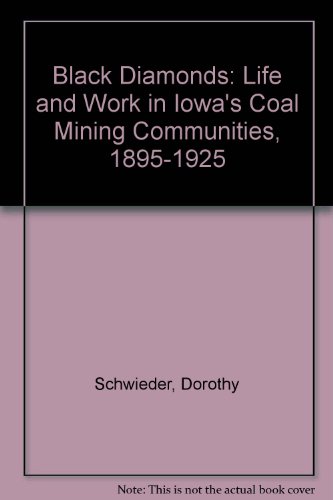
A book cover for Black Diamonds: Life and Work in Iowa's Coal Mining Communities, 1895-1925; Dorothy Schwieder; Business & Money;